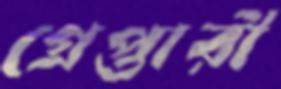
গ্রেপ্তারী